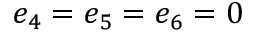
e _ { 4 } = e _ { 5 } = e _ { 6 } = 0